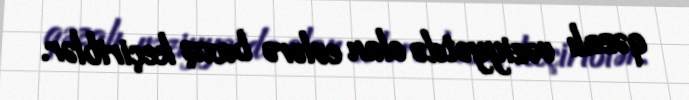
qəzalı vəziyyətdə olan evlərə baxış keçiriblər.